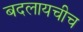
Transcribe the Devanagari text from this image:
बदलायचीच